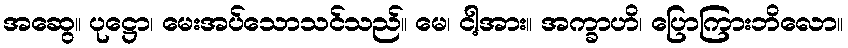
အဆွေ။ ပုဋ္ဌော၊ မေးအပ်သောသင်သည်။ မေ၊ ငါ့အား။ အက္ခာဟိ၊ ပြောကြားဘိလော။